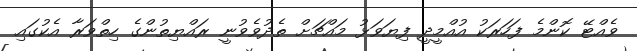
ވެއްޓޭ ކޮންމެ ފަހަރަކު އުއްމީދީ ފިޔަވަޅު މައްޗަށް ތެދުވެވުނީ ރައްޔިތުންގެ ހިތްވަރާ އެކުގައި